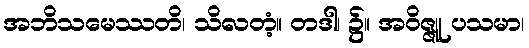
အဘိသမေဿတိ၊ သိလတံ့။ တဒါ၊ ၌။ အဝိဇ္ဇူ ပသမာ၊